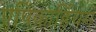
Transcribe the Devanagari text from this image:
एपिकार्डियम